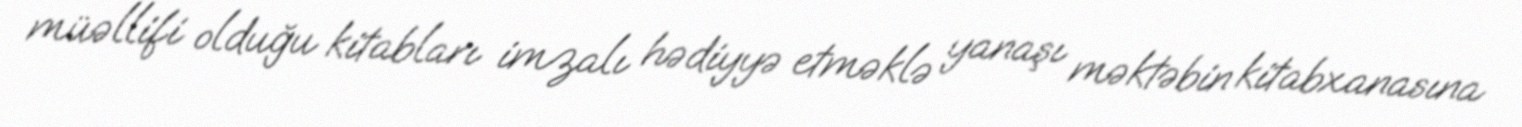
müəllifi olduğu kitabları imzalı hədiyyə etməklə yanaşı məktəbin kitabxanasına